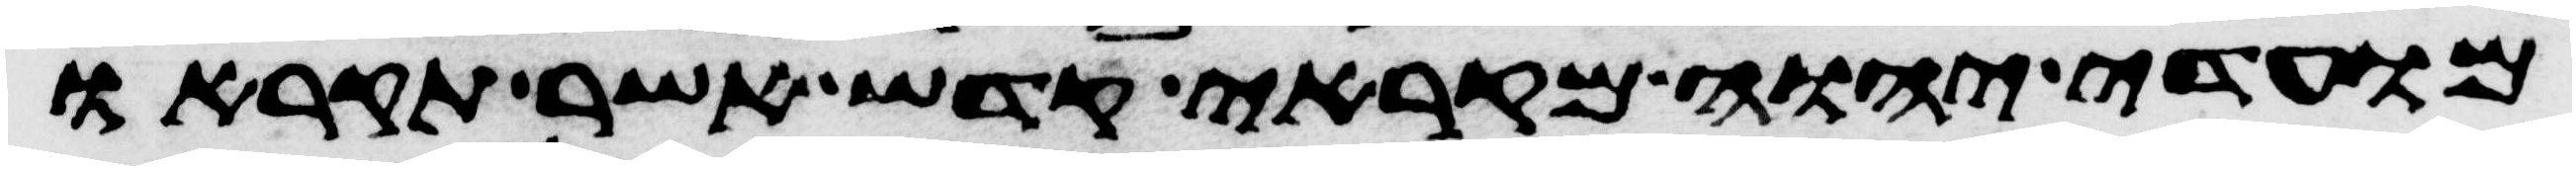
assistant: מועדי יהוה מקראי קדש אשר תקראו